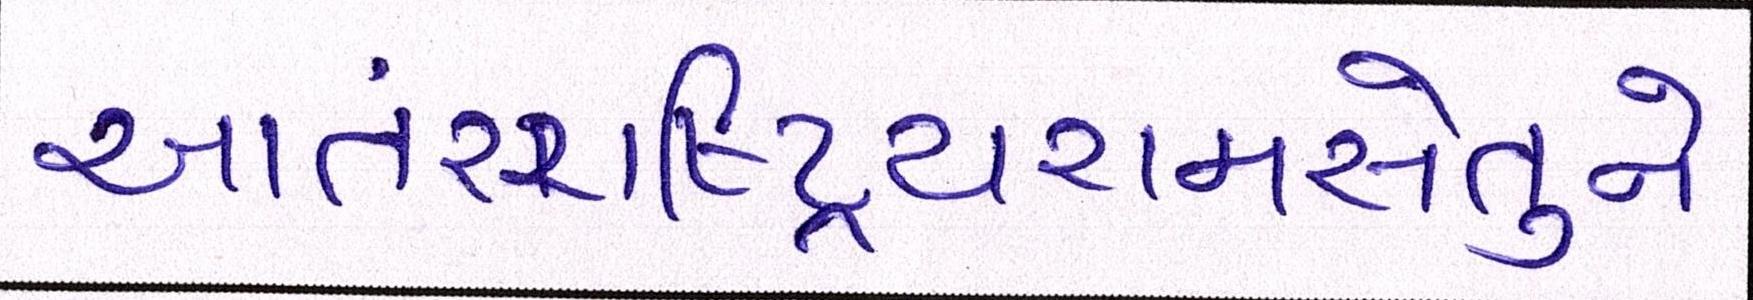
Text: આંતરરાષ્ટ્રિયરામસેતુને